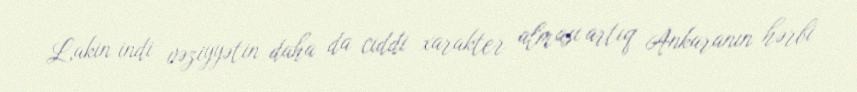
Lakin indi vəziyyətin daha da ciddi xarakter alması artıq Ankaranın hərbi